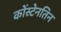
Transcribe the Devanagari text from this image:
कोंस्टेनतिन